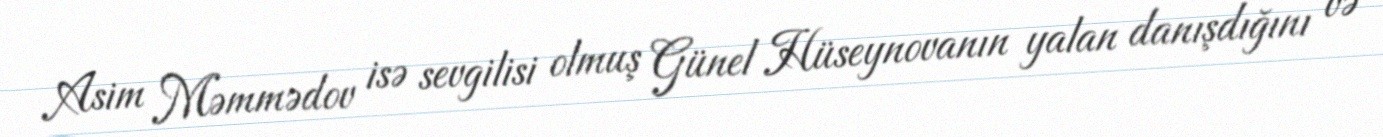
Asim Məmmədov isə sevgilisi olmuş Günel Hüseynovanın yalan danışdığını və